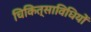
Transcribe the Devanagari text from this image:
चिकित्साविधियों